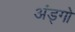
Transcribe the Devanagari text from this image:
अंड्गो